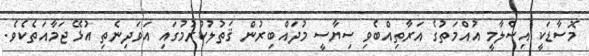
މޮސާޑަކީ އިސްލާމީ އުއްމަތުގެ އަރާތިއްބެވި ސިޔާސީ މުދައްބިރުން ޤަތުލުކުރުމުގައި އަވަދިނެތި އުޅޭ ޖަމާއަތެކެވެ.